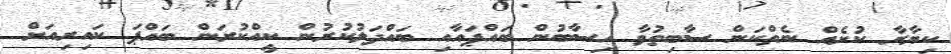
ކިޔާރާ ކުށެއް ނެތްކަން ސާބިތުވާ ހިސާބުން ބައްޕައާއި ބައްދަލުކުރުން ކީއްކުރަން ބައްޕަ ކައިރިއަށް